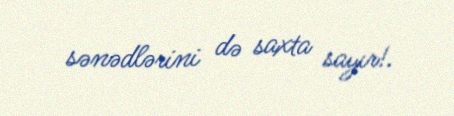
sənədlərini də saxta sayır!.